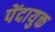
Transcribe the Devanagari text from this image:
पेंदायुक्त